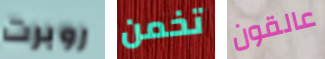
روبرت تخمن عالقون